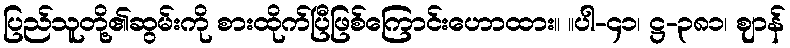
ပြည်သူတို့၏ဆွမ်းကို စားထိုက်ပြီဖြစ်ကြောင်းဟောထား။ ။ပါ-၄၁၊ ဋ္ဌ-၃၈၁၊ ဈာန်